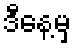
ဒီနေ့မှ